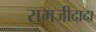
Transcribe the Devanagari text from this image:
रामजीदादा